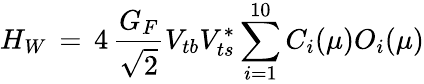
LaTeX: H_{W}\, =\, 4\, {\frac{G_{F}}{\sqrt{2}}}V_{tb}V_{ts}^{*}\sum_{i=1}^{10}C_{i}(\mu)O_{i}(\mu)